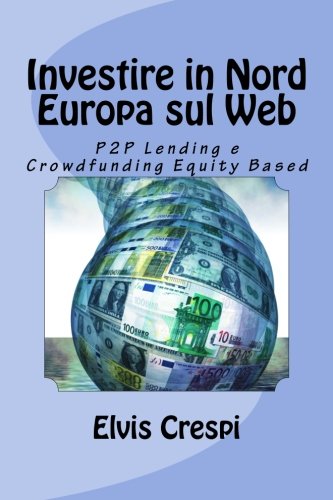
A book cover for Investire in Nord Europa sul Web: P2P Lending e Crowdfunding Equity Based (Italian Edition); Elvis Crespi; Business & Money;